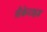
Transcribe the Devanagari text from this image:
सैकेराइड